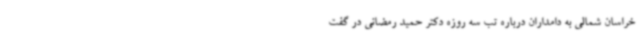
خراسان شمالی به دامداران درباره تب سه روزه دکتر حمید رمضانی در گفت